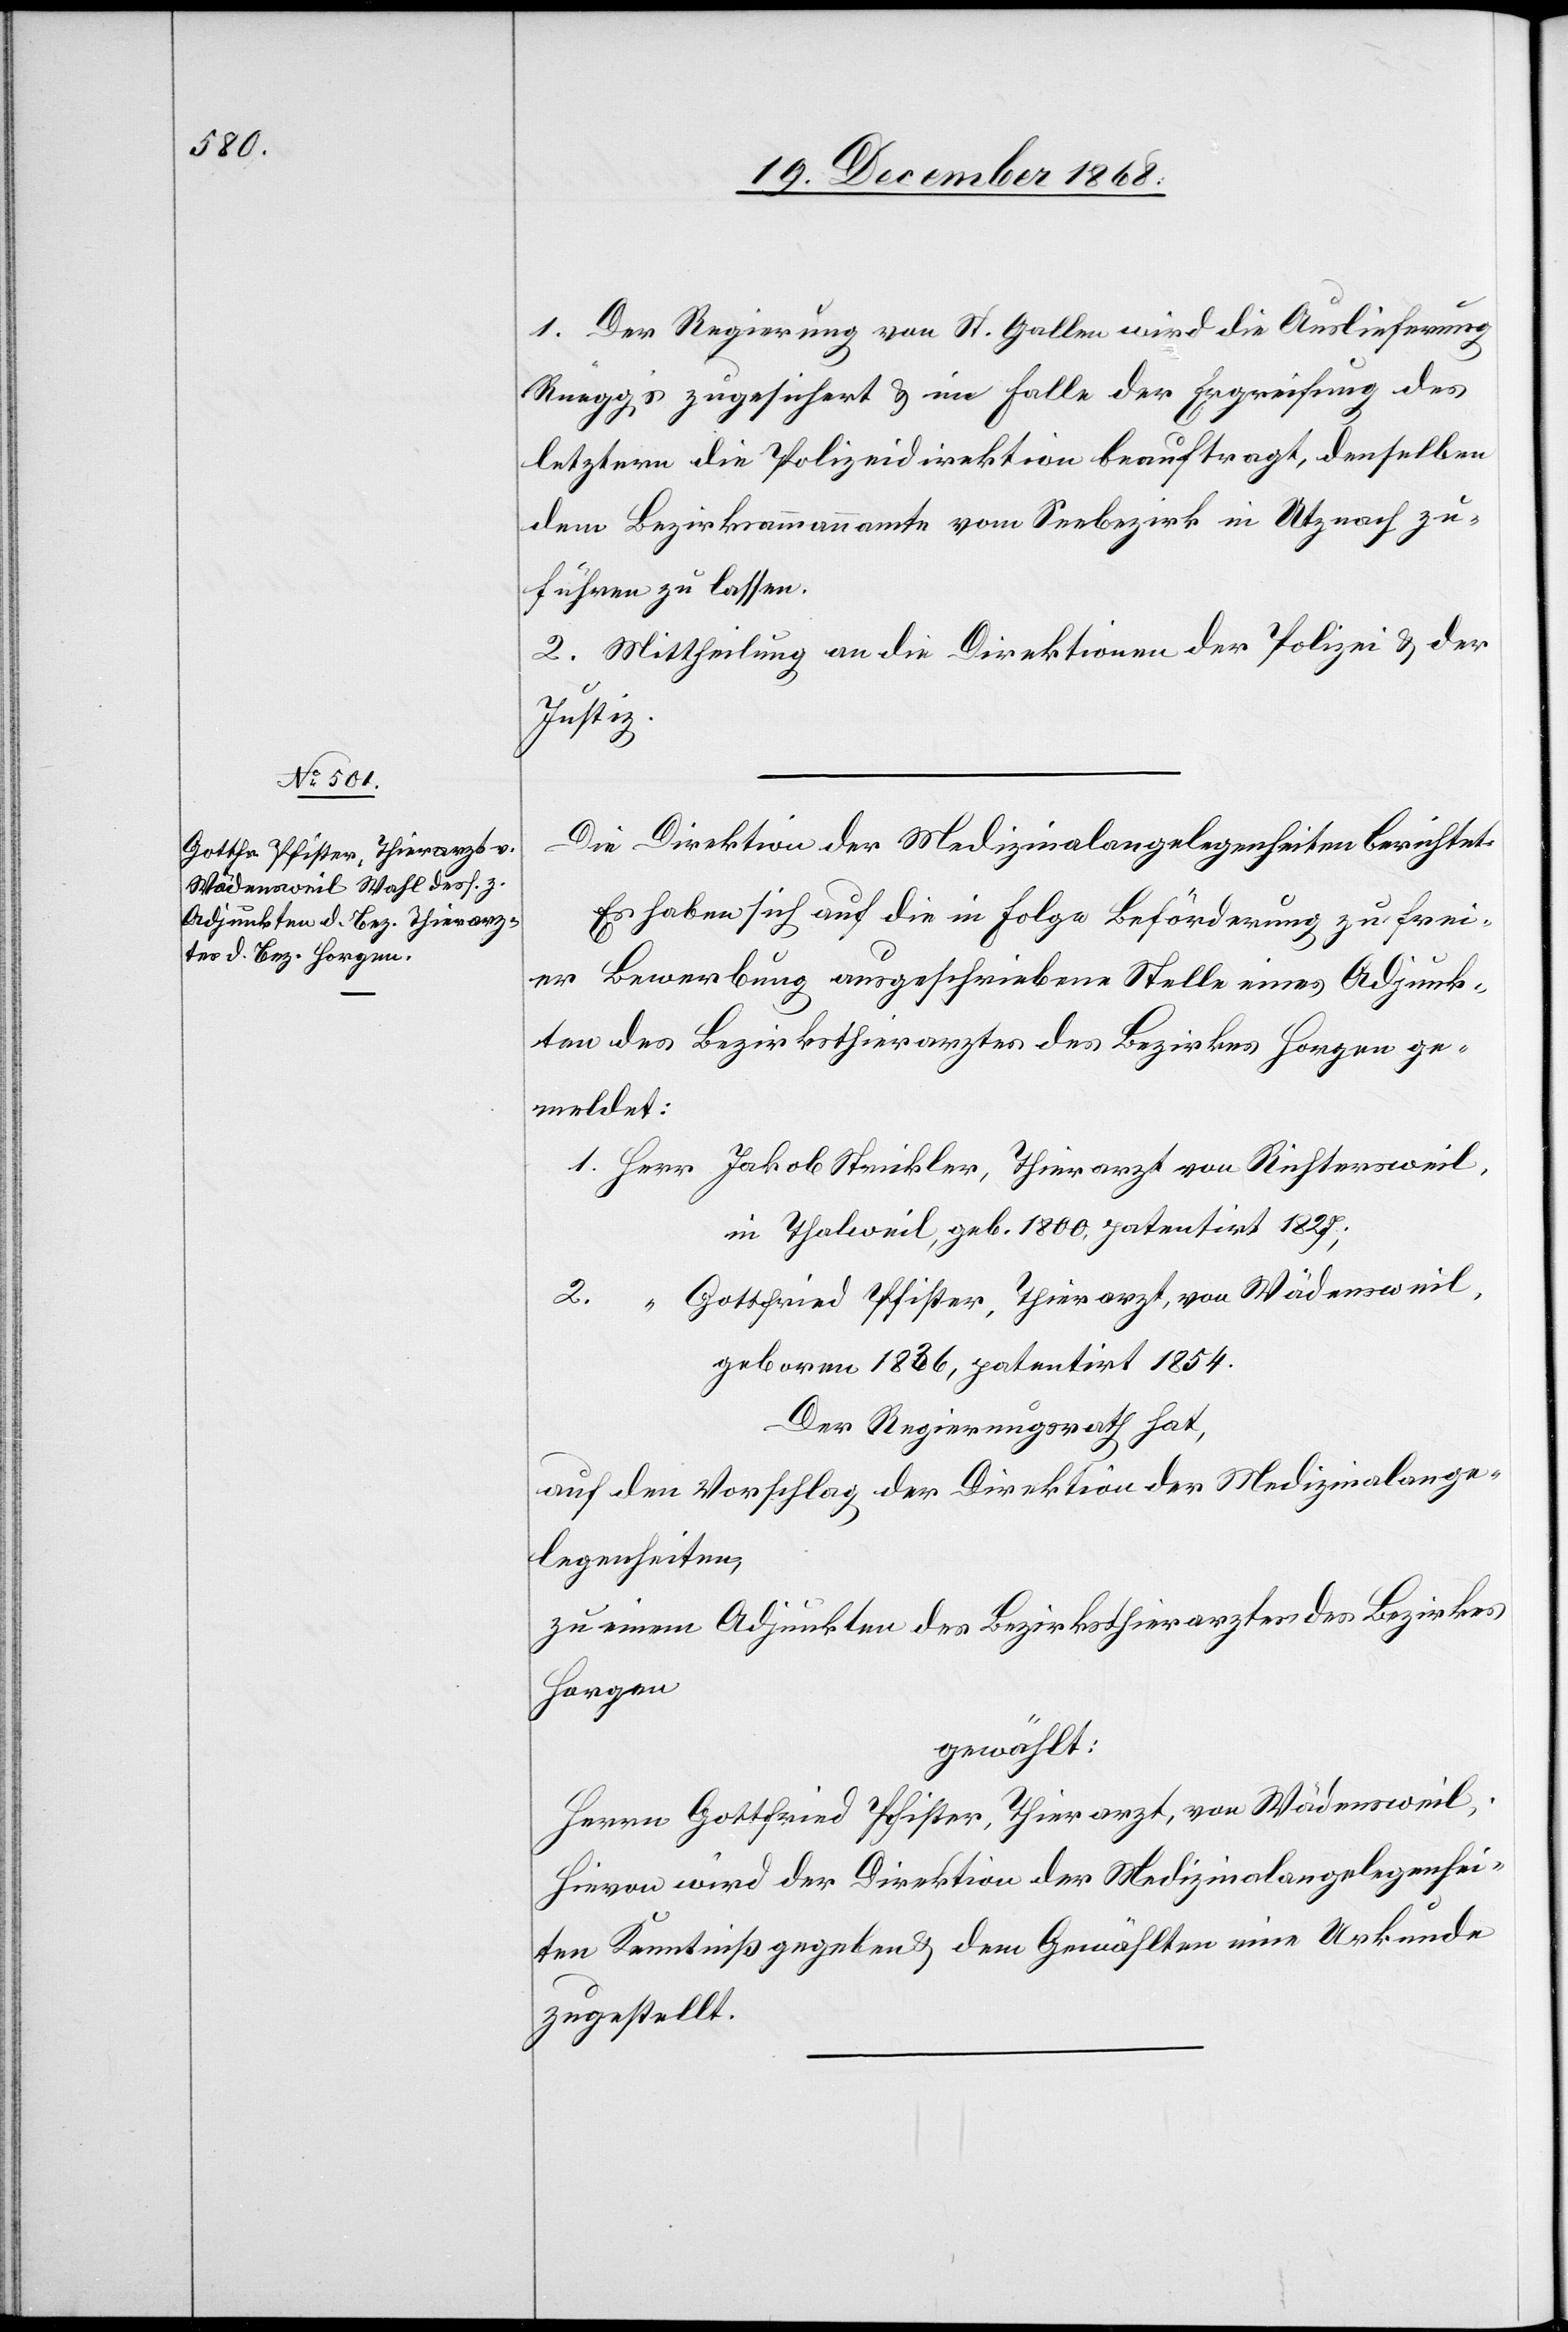
1. Der Regierung von St. Gallen wird die Auslieferung
Rüegg’s zugesichert & im Falle der Ergreifung des
letztern die Polizeidirektion beauftragt, denselben
dem Bezirksammannamte vom Seebezirk in Utznach zu¬
führen zu lassen.
2. Mittheilung an die Direktionen der Polizei & der
Justiz.
Die Direktion der Medizinalangelegenheiten berichtet:
Es haben sich auf die in Folge Beförderung zu frei¬
er Bewerbung ausgeschriebene Stelle eines Adjunk¬
ten des Bezirksthierarztes des Bezirkes Horgen ge¬
meldet.
1. Herr Jakob Strickler, Thierarzt von Richtersweil,
in Thalweil, geb. 1800, patentirt 1827;
2. “ Gottfried Pfister, Thierarzt, von Wädensweil,
geboren 1836, patentirt 1854.
Der Regierungsrath hat,
auf den Vorschlag der Direktion der Medizinalange¬
legenheiten,
zu einem Adjunkten des Bezirksthierarztes des Bezirkes
Horgen
gewählt:
Herrn Gottfried Pfister, Thierarzt, von Wädensweil.
Hievon wird der Direktion der Medizinalangelegenhei¬
ten Kenntniß gegeben & dem Gewählten eine Urkunde
zugestellt.